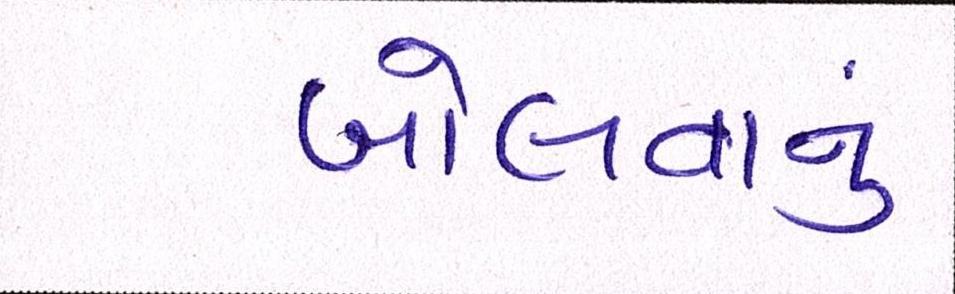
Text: બોલવાનું